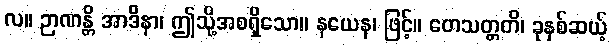
လ။ ဉာဏန္တိ အာဒိနာ၊ ဤသို့အစရှိသော။ နယေန၊ ဖြင့်။ တေသတ္တတိ၊ ခုနှစ်ဆယ့်